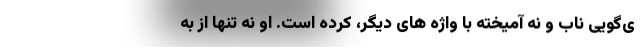
ی‌گویی ناب و نه آمیخته با واژه های دیگر، کرده است. او نه تنها از به